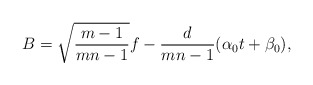
\begin{align*}B = \sqrt{\frac{m-1}{mn-1}} f - \frac{d}{mn-1} (\alpha_0 t + \beta_0),\end{align*}